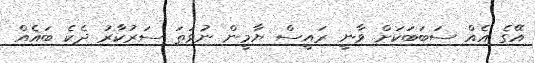
އޭގެ އެއް ސަބަބަކަށް ވާނީ ރައީސް ޔާމީން ނުވަތަ ސަރުކާރު ދެކެ ބައެއް